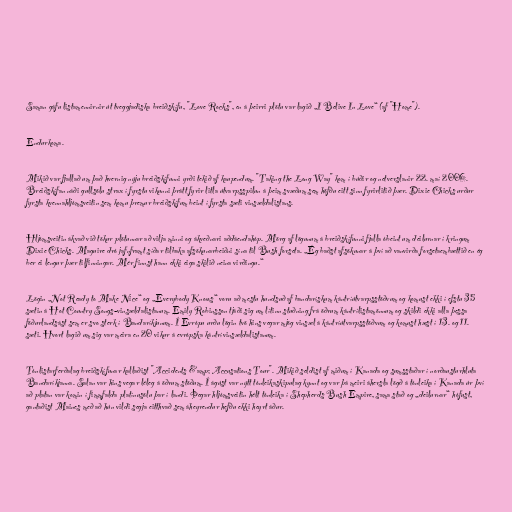
Saman gáfu listamennirnir út tveggjadiska breiðskífu, "Love Rocks", en á þeirri plötu var lagið „I Belive In Love“ (af "Home").

Endurkoma.

Mikið var fjallað um það hvernig nýju breiðskífunni yrði tekið af kaupendum. "Taking the Long Way" kom í búðir og netverslanir 22. maí 2006.
Breiðskífan náði gullsölu strax í fyrstu vikunni þrátt fyrir litla útvarpsspilun á þeim svæðum sem höfðu eitt sinn fyrirlitið þær. Dixie Chicks urður
fyrsta kvennahljómsveitin sem komu þremur breiðskífum beint í fyrsta sæti vinsældalistans.

Hljómsveitin ákvað við tökur plötunnar að vilja minni og ákveðnari aðdáendahóp. Mörg af lögunum á breiðskífunni fjalla óbeint um deilurnar í kringum
Dixie Chicks. Maguire dró jafnframt síðar tilbaka afsökunarbeiðni sína til Bush forseta. „Ég baðst afsökunar á því að vanvirða forsetaembættið en ég
ber ei lengur þær tilfinningar. Mér finnst hann ekki eiga skilið neina virðingu.“

Lögin „Not Ready to Make Nice“ og „Everybody Knows“ voru að mestu hundsuð af bandarískum kántríútvarpsstöðvum og komust ekki í efstu 35
sætin á Hot Country Songs-vinsældalistanum. Emily Robinsson tjáði sig um lítinn stuðning frá öðrum kántrílistamönnum og skildi ekki alla þessa
föðurlandsást sem er svo sterk í Bandaríkjunum. Í Evrópu urðu lögin tvö hins vegar mjög vinsæl á kántríútvarpsstöðvum og komust hæst í 13. og 11.
sæti. Hvort lagið um sig var meira en 20 vikur á evrópska kántrívinsældalistanum.

Tónlistarferðalag breiðskífunar kallaðist "Accidents &amp; Accusations Tour". Mikið seldist af miðum í Kanada og sumsstaðar í norðausturhluta
Bandaríkjanna. Salan var hins vegar léleg á öðrum stöðum. Í ágúst var nýtt tónleikaskipulag kynnt og var þá meiri áhersla lögð á tónleika í Kanada úr því
að platan var komin í fimmfalda platínusölu þar í landi. Þegar hljómsveitin hélt tónleika í Shepherds Bush Empire, sama stað og „deilurnar“ hófust,
gantaðist Maines með að hún vildi segja eitthvað sem áheyrendur hefðu ekki heyrt áður.